Leaving Certificate Examination (including Day School Certificate (Higher) General paper), 1935
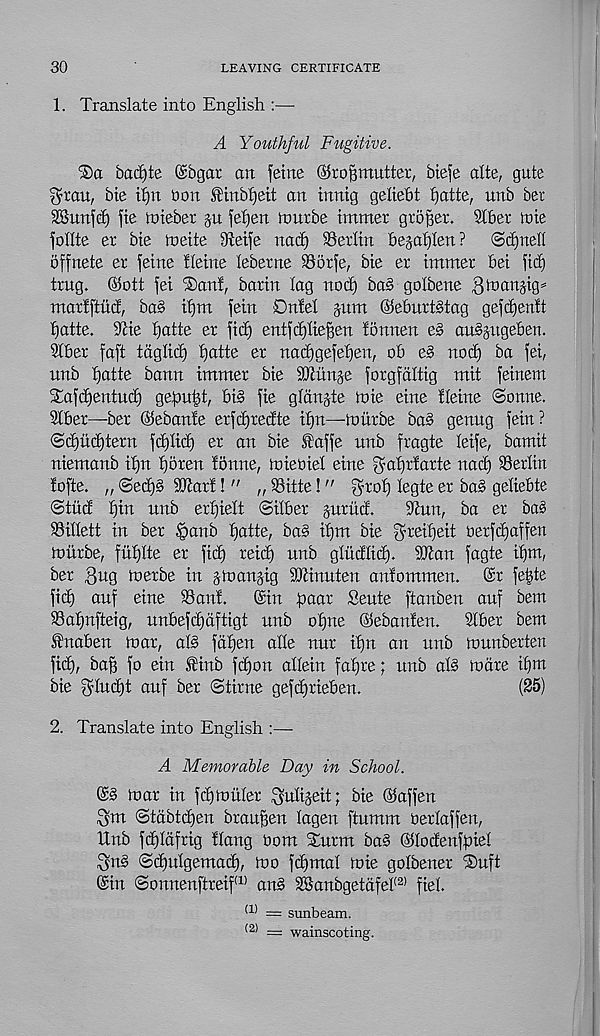
30
LEAVING CERTIFICATE
1. Translate into English :—
A Youthful Fugitive.
bact)te @bgar an feme ©r off mutter, btefe alte, gate
t^rau, bie tf)n non SHnbtjeit an tnntg geliebt fiatte, unb ber
SBunfet) fie inteber gu fetjen nmrbe tmmer grower. Stber tote
fohte er Me roeite Dteife nacf) Berlin begafjlen?
®d)nel(
offnete er fetne tleiue leberne SBorfe, Me er tmmer bet fid)
trug. ©ott fet ®anf, bartn lag nod) ba§ golbene Qmangig^
marlftitcf, bas if)m fetn Dnlel gum ©eburtstag gefc^entt
fiatte. ‘Ufte fjatte er fid) entfdjlieffen fonnen eg auggttgebeii.
3lber faft tdglid) f)atte er nad)gefef)en, ob eg nod) ba fei,
nnb fjatte bann immer bie SOUtnge forgfaltig mit feinem
Tafd)entud) gefou^t, big fie gldngte foie eine Heine (Sonne.
Stber—ber ©ebanfe erfdjredte if)n—mitrbe bag genng fein?
@d)ud)tern fdjlid) er an bie faffe nnb fragte leife, bamit
niemanb if)n t)6ren fonne, mieoief eine ^afjrfarte nad) Berlin
fofte. „ @ed)g Slfarl! " „ 93itte!" ^rof) legte er bag geliebte
Stitd f)in unb erf)ieft (Sitber guritd.
%lun, ba er bag
Willett in ber fpanb fjatte, bag if)m bie ^reifjeit oerfdjaffen
toitrbe, fhf)lte er fid) reid) unb glitdfid). SJtan fagte tf)m,
ber |]ug toerbe in gtoangig SJtinuten anfommen. ©r feide
fid) auf eine SSanf.
©in paar Sente ftanben auf bem
®af)nfteig, unbefdjdftigt unb ofjtte ©ebanfen.
Sfber bent
S'naben mar, alg fdfjen alfe nur if)n an unb munberten
fief), bap fo ein fffinb fdjon aflein fafjre; unb alg mare ifjm
bie ^lutpt auf ber ©time gefdjrieben.
(25)
2. Translate into English :—
A Memorable Day in School.
©g mar in fdjmufer ^uligeit; bie ©affen
fgm (Stdbtdjen braupen lagen ftumm oerlaffen,
Unb fd)ldfrig Hang Oom Turm bag ©lodenfpiel
Sug Sdjulgemacf), mo fdjmal mie golbener Tuft
©in Sonnenftreif (1) ang 2Banbgetdfef (2) fiel.
a) = sunbeam.
( 2) = wainscoting.